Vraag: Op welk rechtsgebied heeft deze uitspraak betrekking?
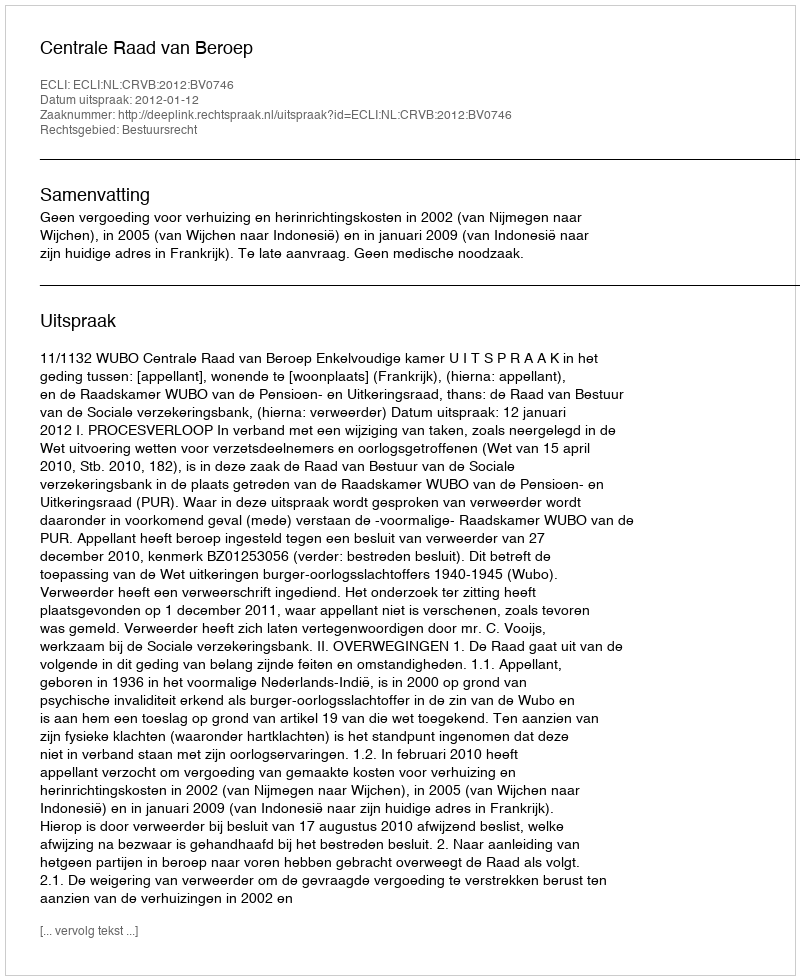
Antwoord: Bestuursrecht